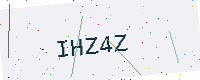
Text: IHZ4Z